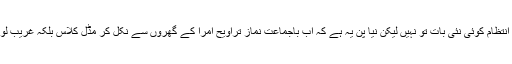
اس اعتبار سے نماز تراویح کا گھروں میں یہ انتظام کوئی نئی بات تو نہیں لیکن نیا پن یہ ہے کہ اب باجماعت نماز تراویح امرا کے گھروں سے نکل کر مڈل کلاس بلکہ غریب لوگوں کے گھروں میں بھی ادا کی جا رہی ہے۔